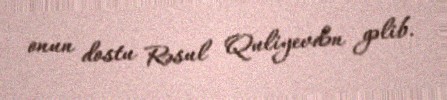
onun dostu Rəsul Quliyevdən gəlib.